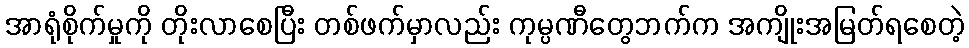
အာရုံစိုက်မှုကို တိုးလာစေပြီး တစ်ဖက်မှာလည်း ကုမ္ပဏီတွေဘက်က အကျိုးအမြတ်ရစေတဲ့